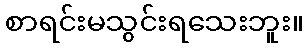
စာရင်းမသွင်းရသေးဘူး။